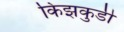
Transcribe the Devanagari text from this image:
किझकुडी